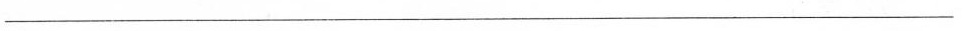
___